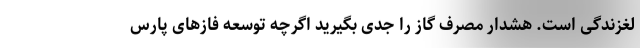
لغزندگی است. هشدار مصرف گاز را جدی بگیرید اگرچه توسعه فازهای پارس